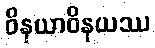
ဝိနယာဝိနယဿ